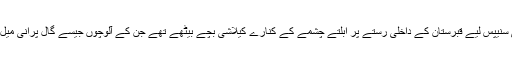
رابرٹ نے کئی سنیپس لیے قبرستان کے داخلی رستے پر اُبلتے چشمے کے کنارے کیلاشی بچے بیٹھے تھے جن کے آلوچوں جیسے گال پرانی میل سے اَٹے تھے۔